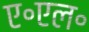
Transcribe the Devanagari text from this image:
ए॰एल॰